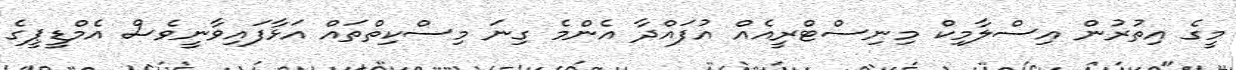
މީގެ އިތުރުން އިސްލާމިކް މިނިސްޓްރީއެއް އުފައްދާ އެންމެ ގިނަ މިސްކިތްތައް އަޅާފައިވާނީވެސް އެމްޑީޕީގެ